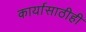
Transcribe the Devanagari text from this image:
कार्यासाठीही